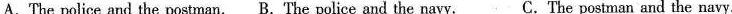
A.The police and the postman.B.The police and the navy.C.The postman and the navy,